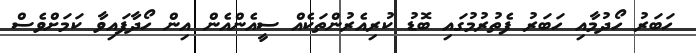
ހަބަރު ހޯދުމާއި ހަބަރު ފެތުރުމުގައި ބޮޑު ކުރިއެރުންތަކެއް ސީއެންއެން އިން ހޯދާފައިވާ ކަމަށްވެސް